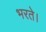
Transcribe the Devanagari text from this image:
भरते।